Manual of the Civil Veterinary Department, Central Provinces and Berar
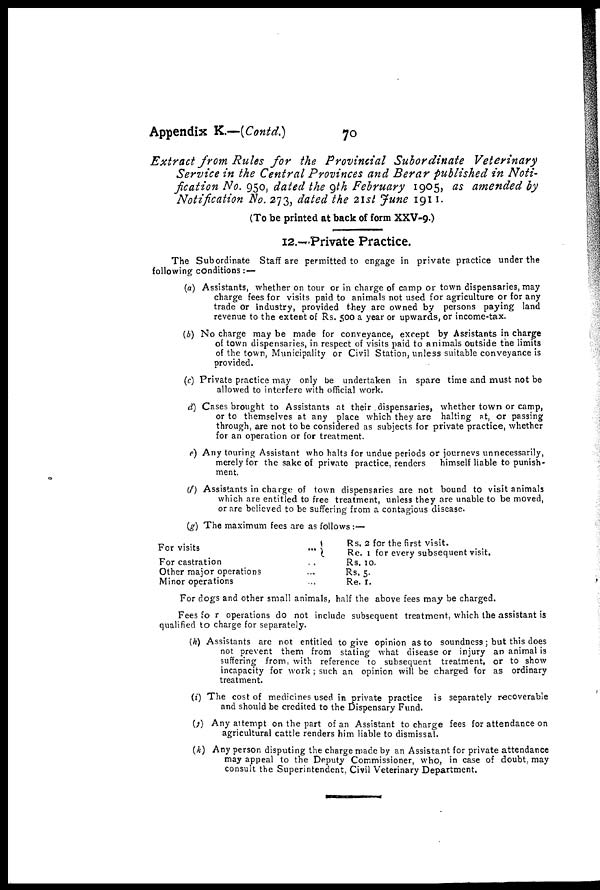
Appendix K.—(Contd.)
70
Extract from Rules for the Provincial Subordinate
Veterinary
Service in the Central Provinces and Berar published in Noti-
fication No. 950, dated the 9th February 1905, as amended by
Notification No. 273, dated the 21st June 1911.
(To be printed at back of form XXV-9.)
12.—Private Practice.
The Subordinate Staff are permitted to engage in private practice under the
following conditions : —
(a) Assistants, whether on tour or in charge of camp or town dispensaries, may
charge fees for visits paid to animals not used for agriculture or for any
trade or industry, provided they are owned by persons paying land
revenue to the extent of Rs. 500 a year or upwards, or income-tax.
(b) No charge may be made for conveyance, except by Assistants in charge
of town dispensaries, in respect of visits paid to animals outside the limits
of the town, Municipality or Civil Station, unless suitable conveyance is
provided.
(c) Private practice may only be undertaken in spare time and must not be
allowed to interfere with official work.
d) Cases brought to Assistants at their dispensaries, whether town or camp,
or to themselves at any place which they are halting at, or passing
through, are not to be considered as subjects for private practice, whether
for an operation or for treatment.
e) Any touring Assistant who halts for undue periods or journeys unnecessarily,
merely for the sake of private practice, renders
himself liable to punish-
ment.
(f) Assistants in charge of town dispensaries are not bound to visit animals
which are entitled to free treatment, unless they are unable to be moved,
or are believed to be suffering from a contagious disease.
(g) The maximum fees are as follows :—
For visits
For castration ...
Other major operations ...
Minor operations ...
Rs. 2 for the first visit.
Re. 1 for every subsequent visit.
Rs. 10.
Rs. 5.
Re. 1.
For dogs and other small animals, half the above fees may be charged.
Fees for operations do not include subsequent treatment, which the assistant is
qualified to charge for separately.
(h) Assistants are not entitled to give opinion as to soundness; but this does
not prevent them from stating what disease or injury an animal is
suffering from, with reference to subsequent treatment, or to show
incapacity for work ; such an opinion will be charged for as ordinary
treatment.
(i) The cost of medicines used in private practice is separately recoverable
and should be credited to the Dispensary Fund.
(j) Any attempt on the part of an Assistant to charge fees for attendance on
agricultural cattle renders him liable to dismissal.
(k) Any person disputing the charge made by an Assistant for private attendance
may appeal to the Deputy Commissioner, who, in case of doubt, may
consult the Superintendent, Civil Veterinary Department.